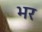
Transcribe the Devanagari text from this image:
भर